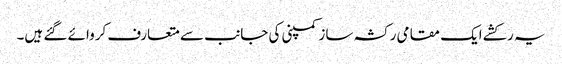
یہ رکشے ایک مقامی رکشہ ساز کمپنی کی جانب سے متعارف کروائے گئے ہیں۔